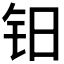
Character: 𰽡